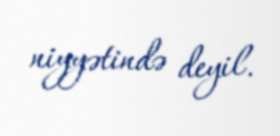
niyyətində deyil.